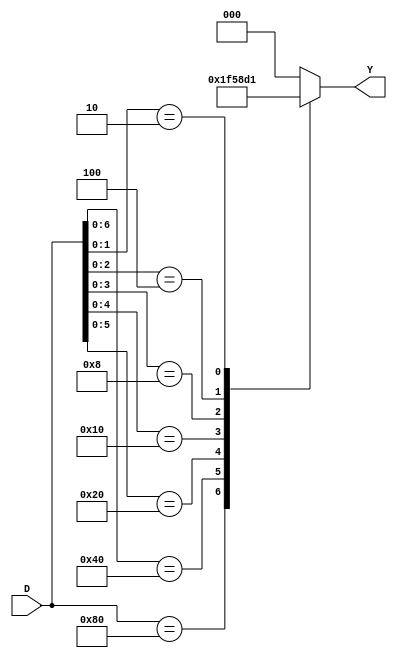
module encoderusingcasez(D,Y);
input [7:0]D; 
output reg [2:0]Y;

always@(*)
begin
    casez(D)
    8'b10000000:Y=3'b111;
    8'bz1000000:Y=3'b110;
    8'bzz100000:Y=3'b101;
    8'bzzz10000:Y=3'b100;
    8'bzzzz1000:Y=3'b011;
    8'bzzzzz100:Y=3'b010;
    8'bzzzzzz10:Y=3'b001;
    8'bzzzzzzz1:Y=3'b000;
    default:Y=3'b000;
    endcase
end

endmodule